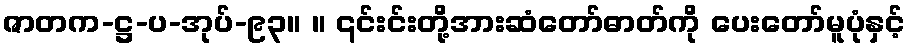
ဇာတက-ဋ္ဌ-ပ-အုပ်-၉၃။ ။ ၎င်းင်းတို့အားဆံတော်ဓာတ်ကို ပေးတော်မူပုံနှင့်